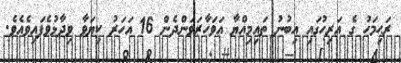
ރަޙިމަހު ގެ އަރިހުގައި އިބުނު ތައިމިއްޔާ އަވަހާރަވަންދެން 16 އަހަރު ކިޔަވާ ވިދާޅުވެފައިވެއެވެ.